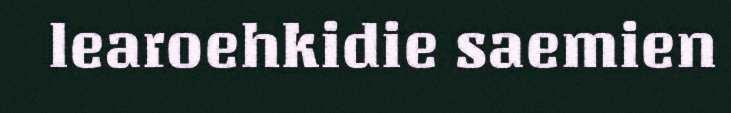
learoehkidie saemien